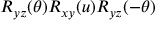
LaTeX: R _ { y z } ( \theta ) R _ { x y } ( u ) R _ { y z } ( - \theta )